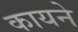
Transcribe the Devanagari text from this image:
कायने